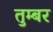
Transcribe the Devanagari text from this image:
तुम्बर